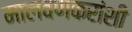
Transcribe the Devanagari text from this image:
मालवणकरांशी